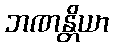
ဘဏန္တိယာ